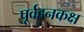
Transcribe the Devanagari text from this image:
पूर्वहनकक्ष